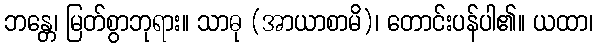
ဘန္တေ၊ မြတ်စွာဘုရား။ သာဓု (အာယာစာမိ)၊ တောင်းပန်ပါ၏။ ယထာ၊